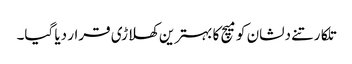
تلکارتنے دلشان کو میچ کا بہترین کھلاڑی قرار دیا گیا۔